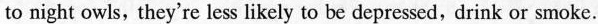
to night owls, they're less likely to be depressed, drink or smoke.